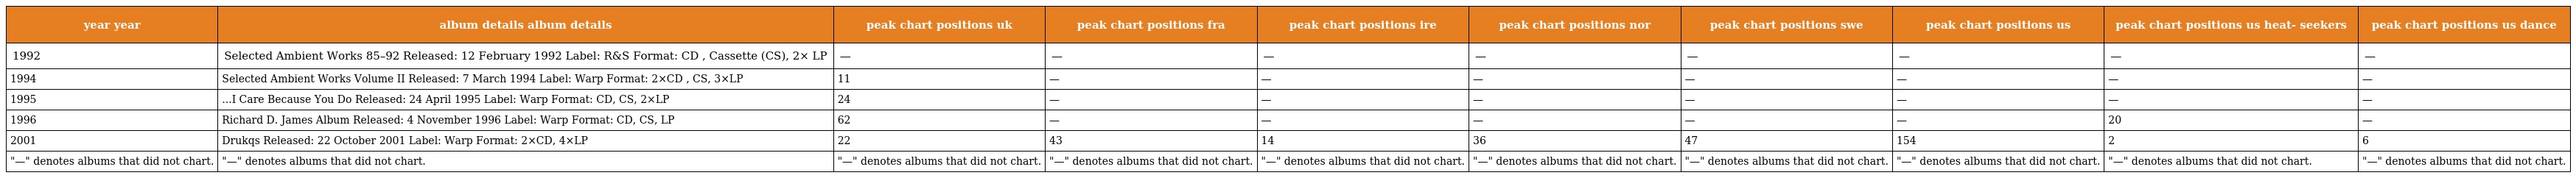
| year year | album details album details | peak chart positions uk | peak chart positions fra | peak chart positions ire | peak chart positions nor | peak chart positions swe | peak chart positions us | peak chart positions us heat- seekers | peak chart positions us dance |
 | --- | --- | --- | --- | --- | --- | --- | --- | --- | --- |
 | 1992 | Selected Ambient Works 85–92 Released: 12 February 1992 Label: R&S Format: CD , Cassette (CS), 2× LP | — | — | — | — | — | — | — | — |
 | 1994 | Selected Ambient Works Volume II Released: 7 March 1994 Label: Warp Format: 2×CD , CS, 3×LP | 11 | — | — | — | — | — | — | — |
 | 1995 | ...I Care Because You Do Released: 24 April 1995 Label: Warp Format: CD, CS, 2×LP | 24 | — | — | — | — | — | — | — |
 | 1996 | Richard D. James Album Released: 4 November 1996 Label: Warp Format: CD, CS, LP | 62 | — | — | — | — | — | 20 | — |
 | 2001 | Drukqs Released: 22 October 2001 Label: Warp Format: 2×CD, 4×LP | 22 | 43 | 14 | 36 | 47 | 154 | 2 | 6 |
 | "—" denotes albums that did not chart. | "—" denotes albums that did not chart. | "—" denotes albums that did not chart. | "—" denotes albums that did not chart. | "—" denotes albums that did not chart. | "—" denotes albums that did not chart. | "—" denotes albums that did not chart. | "—" denotes albums that did not chart. | "—" denotes albums that did not chart. | "—" denotes albums that did not chart. |